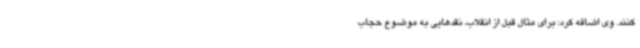
کنند. وی اضافه کرد: برای مثال قبل از انقلاب، نقدهایی به موضوع حجاب